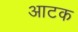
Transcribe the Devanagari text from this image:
आटक